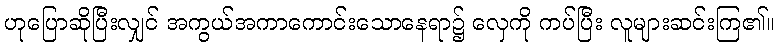
ဟုပြောဆိုပြီးလျှင် အကွယ်အကာကောင်းသောနေရာ၌ လှေကို ကပ်ပြီး လူများဆင်းကြ၏။